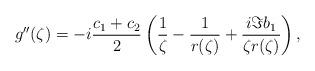
LaTeX: \begin{align*}g''(\zeta)=-i\frac{c_1+c_2}{2}\left(\frac{1}{\zeta}-\frac{1}{r(\zeta)}+\frac{i \Im b_1}{\zeta r(\zeta)}\right),\end{align*}